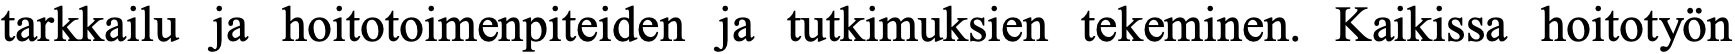
tarkkailu ja hoitotoimenpiteiden ja tutkimuksien tekeminen. Kaikissa hoitotyön